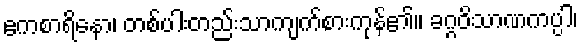
ဧကစာရိနော၊ တစ်ပါးတည်းသာကျက်စားကုန်၏။ ခဂ္ဂဝိသာဏကပ္ပါ၊